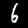
Digit: 6